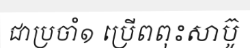
ជាប្រចាំ១ ប្រើពពុះសាប៊ូ